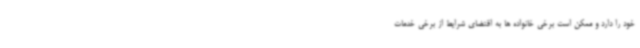
خود را دارد و ممکن است برخی خانواده ها به اقتضای شرایط از برخی خدمات